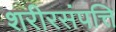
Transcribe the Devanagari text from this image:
शरीरसंपत्ति